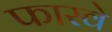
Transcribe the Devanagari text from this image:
फारवे